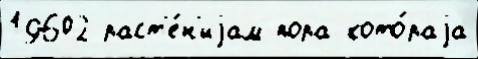
19602 раст'е́н'иjам пора кото́раjа